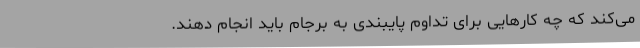
می‌کند که چه کارهایی برای تداوم پایبندی به برجام باید انجام دهند.